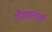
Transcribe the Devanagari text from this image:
रोगावस्थाएँ